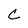
Character: C